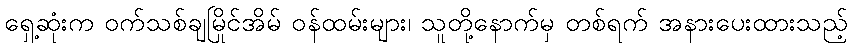
ရှေ့ဆုံးက ဝက်သစ်ချမြိုင်အိမ် ဝန်ထမ်းများ၊ သူတို့နောက်မှ တစ်ရက် အနားပေးထားသည့်